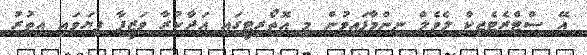
އޭ ސްޓްރެޓެޖިކް ލެވެލް ނިންމާފައިވުން މި އޮތޯރިޓީގައި އަދާކުރާ ވަޒީފާ ފިޔަވައި އިތުރު